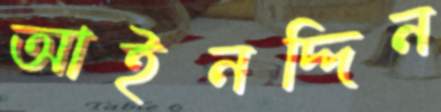
আইনদ্দিন